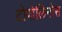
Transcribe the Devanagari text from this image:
टोपोलिनोस